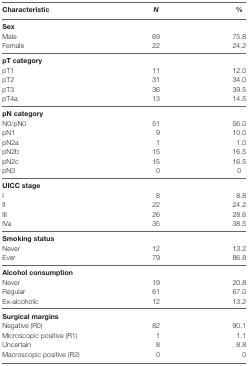
| Characteristic | N | % |
 | --- | --- | --- |
 | <COLSPAN=3> Sex |
 | Male | 69 | 75.8 |
 | Female | 22 | 24.2 |
 | <COLSPAN=3> pT category |
 | pT1 | 11 | 12.0 |
 | pT2 | 31 | 34.0 |
 | pT3 | 36 | 39.5 |
 | pT4a | 13 | 14.5 |
 | <COLSPAN=3> pN category |
 | N0/pN0 | 51 | 56.0 |
 | pN1 | 9 | 10.0 |
 | pN2a | 1 | 1.0 |
 | pN2b | 15 | 16.5 |
 | pN2c | 15 | 16.5 |
 | pN3 | 0 | 0 |
 | <COLSPAN=3> UICC stage |
 | I | 8 | 8.8 |
 | II | 22 | 24.2 |
 | III | 26 | 28.6 |
 | IVa | 35 | 38.5 |
 | <COLSPAN=3> Smoking status |
 | Never | 12 | 13.2 |
 | Ever | 79 | 86.8 |
 | <COLSPAN=3> Alcohol consumption |
 | Never | 19 | 20.8 |
 | Regular | 61 | 67.0 |
 | Ex-alcoholic | 12 | 13.2 |
 | <COLSPAN=3> Surgical margins |
 | Negative (R0) | 82 | 90.1 |
 | Microscopic positive (R1) | 1 | 1.1 |
 | Uncertain | 8 | 8.8 |
 | Macroscopic positive (R2) | 0 | 0 |